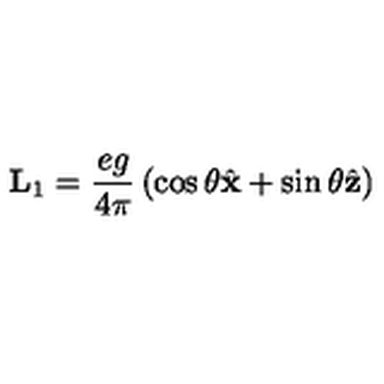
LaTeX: { \bf L } _ { 1 } = { \frac { e g } { 4 \pi } } \left( \cos \theta { \hat { \bf x } } + \sin \theta { \hat { \bf z } } \right)